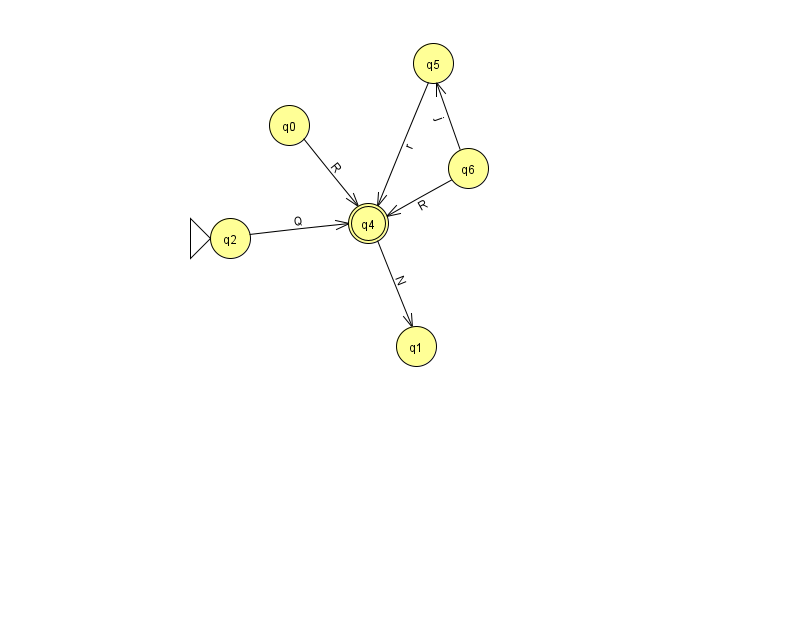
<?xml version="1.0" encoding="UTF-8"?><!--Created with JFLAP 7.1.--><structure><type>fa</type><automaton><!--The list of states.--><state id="0" name="q0"><x>289.0</x><y>112.0</y></state><state id="1" name="q1"><x>416.0</x><y>333.0</y></state><state id="2" name="q2"><x>230.0</x><y>225.0</y><initial/></state><state id="3" name="q3"><x>966.0</x><y>172.0</y><final/></state><state id="4" name="q4"><x>368.0</x><y>210.0</y><final/></state><state id="5" name="q5"><x>433.0</x><y>50.0</y></state><state id="6" name="q6"><x>468.0</x><y>155.0</y></state><!--The list of transitions.--><transition><from>4</from><to>1</to><read>N</read></transition><transition><from>3</from><to>3</to><read>J</read></transition><transition><from>2</from><to>4</to><read>Q</read></transition><transition><from>6</from><to>4</to><read>R</read></transition><transition><from>0</from><to>4</to><read>R</read></transition><transition><from>5</from><to>4</to><read>r</read></transition><transition><from>6</from><to>5</to><read>j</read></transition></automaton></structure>